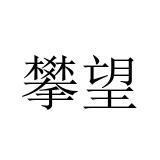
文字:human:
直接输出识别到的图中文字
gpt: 攀望